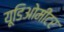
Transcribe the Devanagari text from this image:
यूडिओमीटर